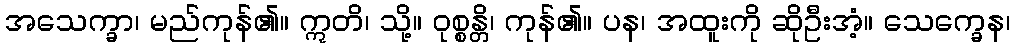
အသေက္ခာ၊ မည်ကုန်၏။ ဣတိ၊ သို့။ ဝုစ္စန္တိ၊ ကုန်၏။ ပန၊ အထူးကို ဆိုဦးအံ့။ သေက္ခေန၊